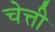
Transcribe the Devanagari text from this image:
चेत्ती